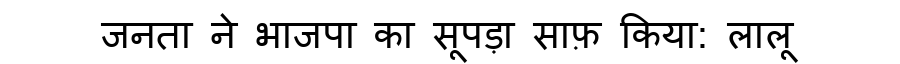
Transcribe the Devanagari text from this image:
जनता ने भाजपा का सूपड़ा साफ़ किया: लालू